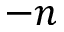
- n